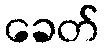
ခေတ်